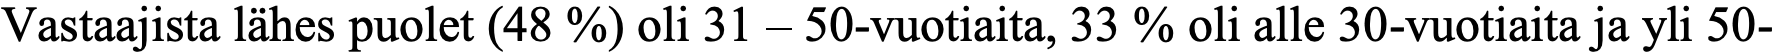
Vastaajista lähes puolet (48 %) oli 31 – 50-vuotiaita, 33 % oli alle 30-vuotiaita ja yli 50-